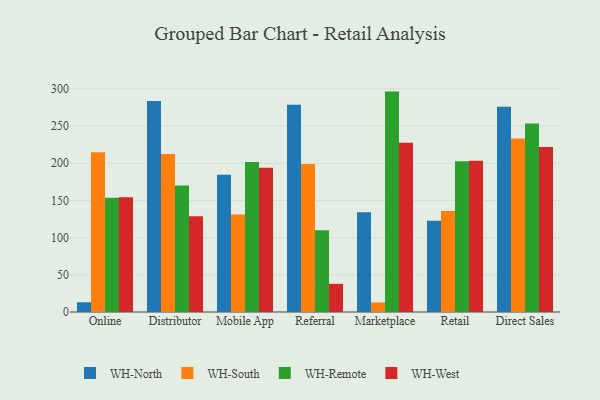
{"axis": {"x": "Channel", "y": "Headcount"}, "legend": ["WH-North", "WH-Remote", "WH-South", "WH-West"], "data": [{"x": "Online", "y": 13.1, "type": "WH-North"}, {"x": "Online", "y": 215.0, "type": "WH-South"}, {"x": "Online", "y": 153.5, "type": "WH-Remote"}, {"x": "Online", "y": 154.4, "type": "WH-West"}, {"x": "Distributor", "y": 283.8, "type": "WH-North"}, {"x": "Distributor", "y": 212.4, "type": "WH-South"}, {"x": "Distributor", "y": 170.1, "type": "WH-Remote"}, {"x": "Distributor", "y": 128.8, "type": "WH-West"}, {"x": "Mobile App", "y": 184.5, "type": "WH-North"}, {"x": "Mobile App", "y": 131.1, "type": "WH-South"}, {"x": "Mobile App", "y": 201.6, "type": "WH-Remote"}, {"x": "Mobile App", "y": 194.1, "type": "WH-West"}, {"x": "Referral", "y": 278.7, "type": "WH-North"}, {"x": "Referral", "y": 198.9, "type": "WH-South"}, {"x": "Referral", "y": 110.1, "type": "WH-Remote"}, {"x": "Referral", "y": 37.9, "type": "WH-West"}, {"x": "Marketplace", "y": 134.3, "type": "WH-North"}, {"x": "Marketplace", "y": 12.9, "type": "WH-South"}, {"x": "Marketplace", "y": 296.4, "type": "WH-Remote"}, {"x": "Marketplace", "y": 227.5, "type": "WH-West"}, {"x": "Retail", "y": 122.8, "type": "WH-North"}, {"x": "Retail", "y": 135.9, "type": "WH-South"}, {"x": "Retail", "y": 202.9, "type": "WH-Remote"}, {"x": "Retail", "y": 203.5, "type": "WH-West"}, {"x": "Direct Sales", "y": 276.1, "type": "WH-North"}, {"x": "Direct Sales", "y": 233.4, "type": "WH-South"}, {"x": "Direct Sales", "y": 253.5, "type": "WH-Remote"}, {"x": "Direct Sales", "y": 221.9, "type": "WH-West"}]}